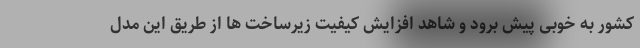
کشور به خوبی پیش برود و شاهد افزایش کیفیت زیرساخت ها از طریق این مدل